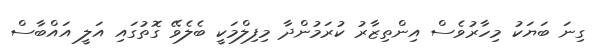
ގިނަ ބަޔަކު މިހާރުވެސް އިންތިޒާރު ކުރަމުންދާ މިފިލްމަކީ ބެލެވޭ ގޮތުގައި އަލީ އައްބާސް